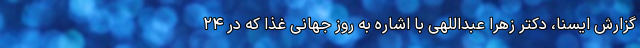
گزارش ایسنا، دکتر زهرا عبداللهی با اشاره به روز جهانی غذا که در ۲۴